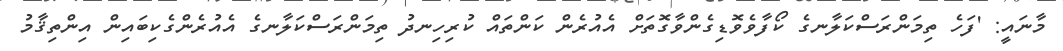
މާނައީ: 'ފަހެ ތިމަންރަސްކަލާނގެ ކޯފާވެވޮޑިގެންވާގޮތަށް އެއުރެން ކަންތައް ކުރިހިނދު ތިމަންރަސްކަލާނގެ އެއުރެންގެކިބައިން އިންތިޤާމު